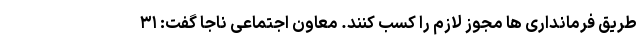
طریق فرمانداری ها مجوز لازم را کسب کنند. معاون اجتماعی ناجا گفت: ۳۱